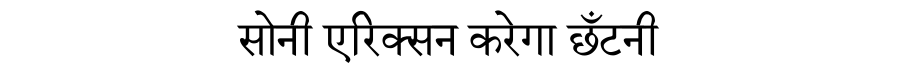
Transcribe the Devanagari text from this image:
सोनी एरिक्सन करेगा छँटनी